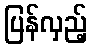
ပြန်လှည့်